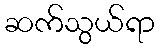
ဆက်သွယ်ရာ